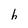
Character: h